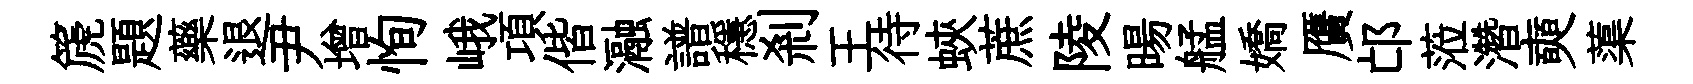
篪題藥退尹增恂峨項偕瀜譜穩剎王待蛺蔗陵暘艋嬌贋邙蒞濳奭蕖